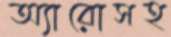
অ্যারোসহ